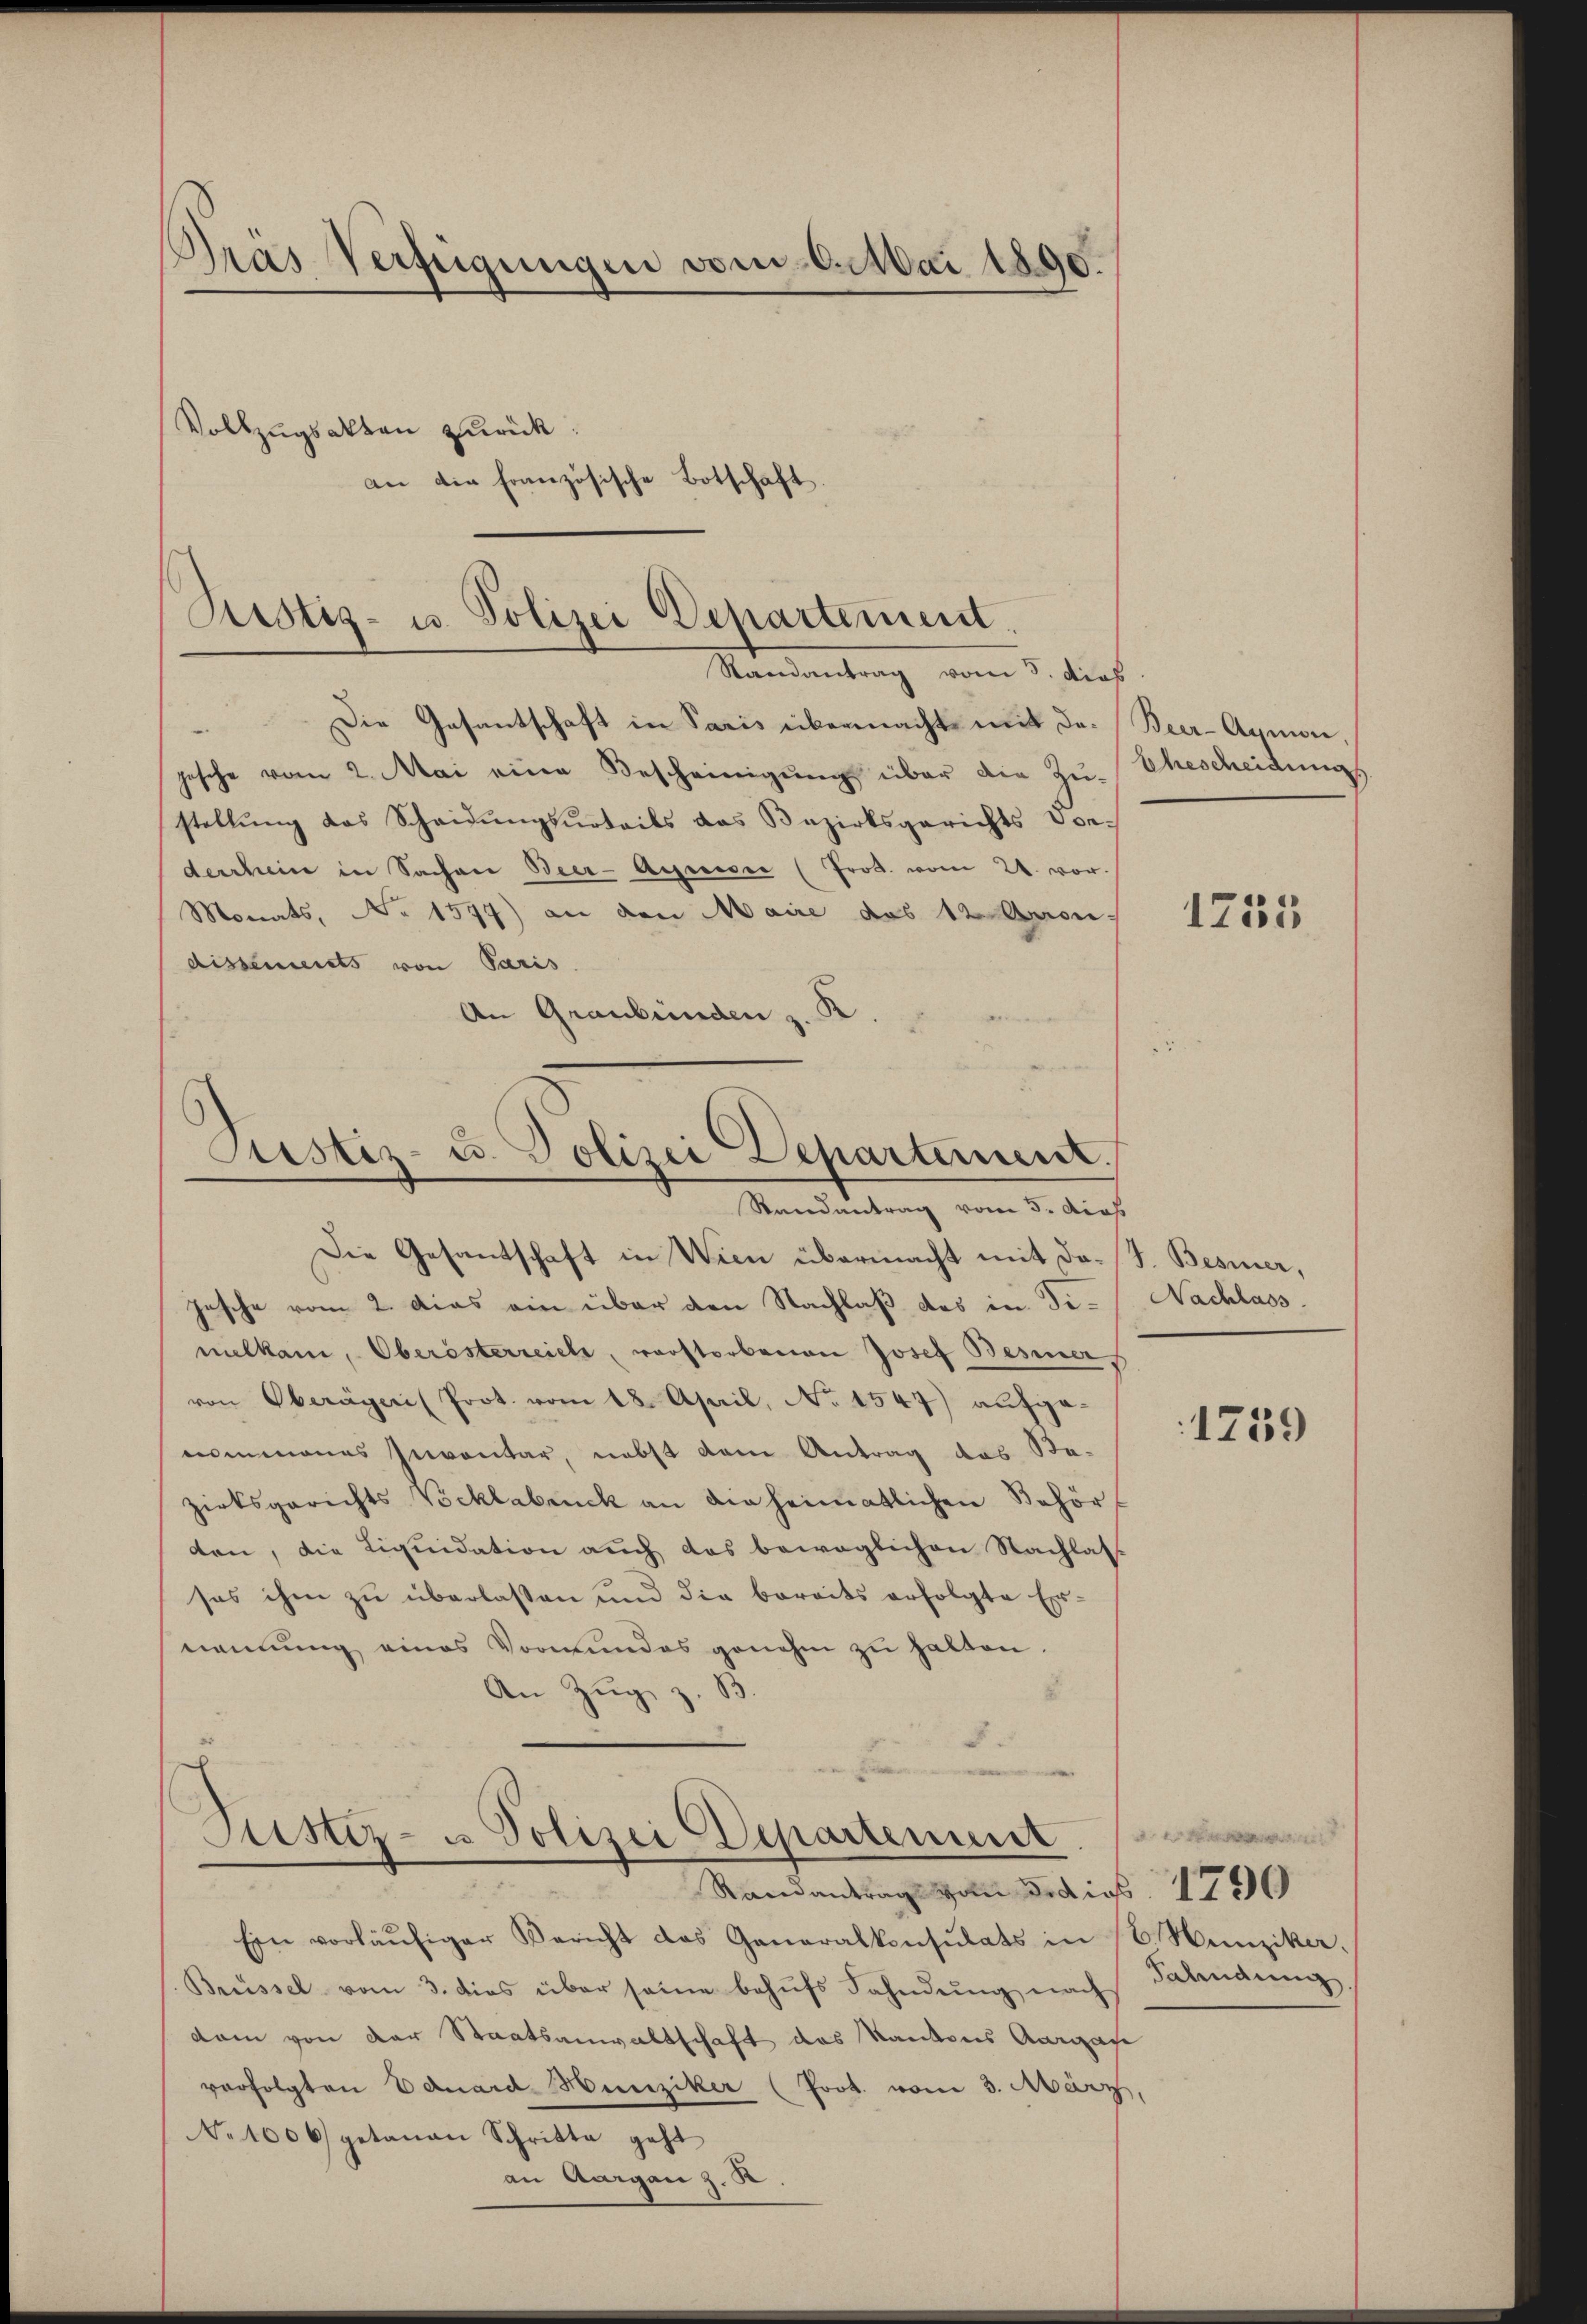
Gras Verfügungen vom 6. Mai 1890
Vollzugsakten zurück.
an die französische Botschaft.

Justiz- u. Polizei Departement.
Randantrag vom 5. dies

Die Gesantschaft in Paris übermacht mit der Beer-Aymon,
jesche vom 2. Mai eine Bescheinigŭng über die Zu-
stellŭng das Scheidŭngsŭrteils das Bezirksgerichts Vor-
derrhein in Sachen Beer-Aeguin (Prod. vom 24. vor.
Monats, No 1547) an den Maire des 12 Mondissements von Paris
An Graubünden z. K

Justiz- u. Polizei Departement.
Randantrag vom 5. dies
Die Gesantschaft in Wien übermacht mit da. J. Besinner,

Jasche vom 2. das ein über den Nachlaß des in Fimelkam, Oberösterreich, verstorbenen Josef Besiner
von Oberäger (Prot. vom 18. April, No 1547) aufgenommenes Inventar, nebst dem Antrag das Se-
zirksgerichts Vöcklabruck an die heimatlichen Behörden, die Liquidation auch das beweglichen Nachlass
sas ihm zu überlassen und die bereits erfolgte Ernennung eines Vormundes genehm zu halten.
B
An Zŭg

Justiz- u. Polizei Departement.

Randantrag von der dies 179

Ehescheidung

Ein vorläŭfiger Bericht das Generalkonsulats in 16. Münziker.
Brüssel vom 3. dies über seine behŭfs Fahndŭng nach Fahndŭng
dam von der Staatsanwaltschaft das Kantons Aargau
verfolgten Eduard Hunziker (Prot. vom 3. März,
No 1006 getanen Schritte geht
an Aargau z. R.

1735

Nachlass.

1759

e